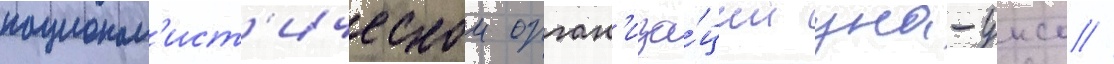
национал'ист'ическои орган'иза́ции уна-унсо //